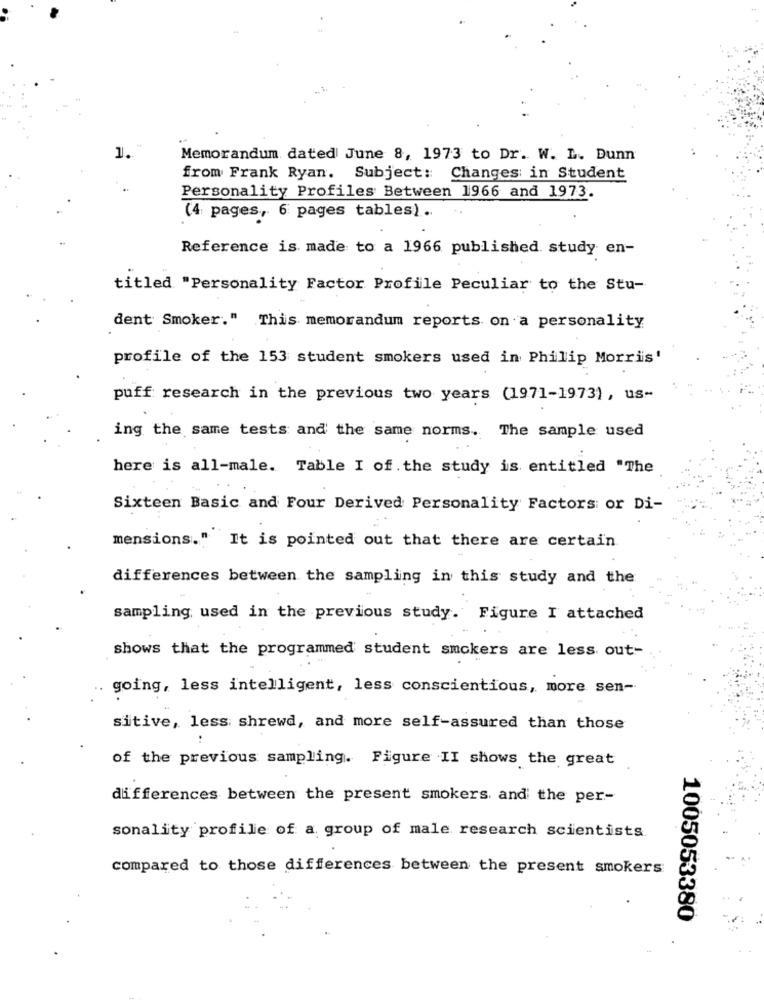
1.
Memorandum dated June 8, 1973 to Dr. W. L. Dunn
from Frank Ryan. Subject: Changes in Student
Personality Profiles Between 1966 and 1973.
(4 pages, 6 pages tables).
Reference is made to a 1966 published. study en-
titled "Personality Factor Profile Peculiar to the Stu-
dent Smoker." This memorandum reports on a personality
profile of the 153 student smokers used in Philip Morris'
puff research in the previous two years (1971-1973), us-
ing the same tests and the same norms. The sample used
here is all-male. Table I of. the study is entitled "The
Sixteen Basic and Four Derived Personality Factors or Di-
mensions." It is pointed out that there are certain
differences between the sampling in this study and the
sampling used in the previous study. Figure I attached
shows that the programmed student smokers are less out-
going, less intelligent, less conscientious, more sen-
sitive, less shrewd, and more self-assured than those
of the previous sampling. Figure II shows the great
differences between the present smokers, and the per-
sonality profile of a group of male research scientists
compared to those differences between the present smokers
1005053380